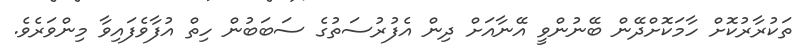
ތަކުރާރުކޮށް ހާމަކޮށްދޭން ބޭނުންވީ އޭނާއަށް ދިން އެފުރުސަތުގެ ސަބަބުން ހިތް އުފާވެފައިވާ މިންވަރެވެ.